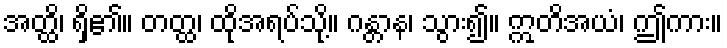
အတ္ထိ၊ ရှိ၏။ တတ္ထ၊ ထိုအရပ်သို့။ ဂန္တာန၊ သွား၍။ ဣတိအယံ၊ ဤကား။